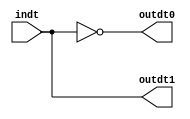
module time_create(indt,outdt0,outdt1);
	//A14
	input indt;
	output outdt0;
	output outdt1;
	
	assign outdt1 = indt;
   assign outdt0 = ~indt;

endmodule